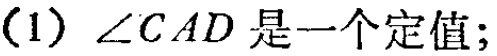
(1) $\angle CAD$是一个定值;